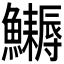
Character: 𩽔